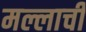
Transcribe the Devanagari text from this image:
मल्लाची